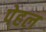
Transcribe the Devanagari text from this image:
पेहल